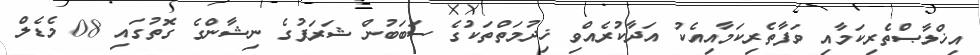
އިޚްލާޞްތެރިކަމާއި ވަފާތެރިކަމާއިއެކު އަދާކުރެއްވި ޚިދުމަތްތަކުގެ ސަބަބުން ޝަރަފުގެ ނިޝާންގެ ގޮތުގައި 08 މެޑެލް